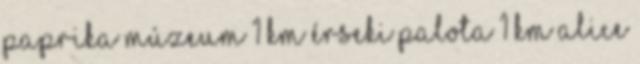
Paprika Múzeum 1 km Érseki palota 1 km Alice